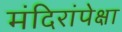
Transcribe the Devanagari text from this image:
मंदिरांपेक्षा